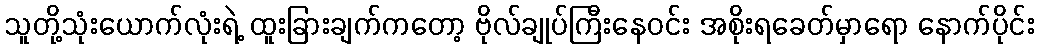
သူတို့သုံးယောက်လုံးရဲ့ ထူးခြားချက်ကတော့ ဗိုလ်ချုပ်ကြီးနေဝင်း အစိုးရခေတ်မှာရော နောက်ပိုင်း